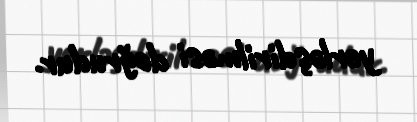
yerləşdirilməsi doğrudur.